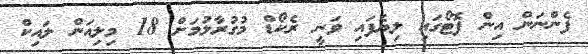
ފެންނަން އިން ފޮޓޯގައި ލިޔެފައި ވަނީ ރެކޯޑް މުގުރާލުމަށް 18 މިލިއަން ލައިކް